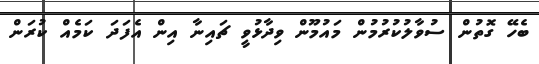
ބެހޭ ގޮތުން ސުވާލުކުރުމުން މައުމޫން ވިދާޅުވީ ޗައިނާ އިން އެފަދަ ކަމެއް ކުރަން